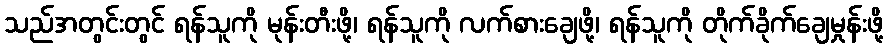
သည်အတွင်းတွင် ရန်သူကို မုန်းတီးဖို့၊ ရန်သူကို လက်စားချေဖို့၊ ရန်သူကို တိုက်ခိုက်ချေမှုန်းဖို့